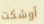
أوشكت